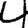
Digit: 4